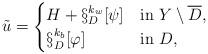
LaTeX: \begin{align*}\tilde{u}= \begin{cases}H + \S_D^{k_w}[\psi] &\mbox{in } Y\setminus \overline{D},\\\S_D^{k_b}[\varphi] &\mbox{in } D,\end{cases}\end{align*}